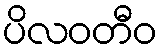
ပိလဝတီဝ